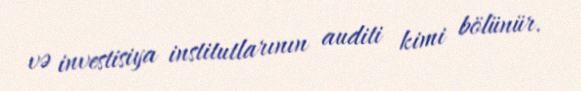
və investisiya institutlarının auditi kimi bölünür.